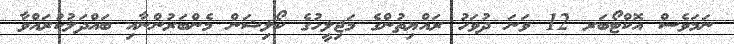
ނަމަވެސް އޮކްޓޯބަރ 12 ވަނަ ދުވަހު ރައްޔިތުންގެ މަޖިލީހުގެ ކޯލިޝަން މެންބަރުންނާއި ބައްދަލުކުރައްވާ